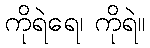
ကိုရဲရေ၊ ကိုရဲ။